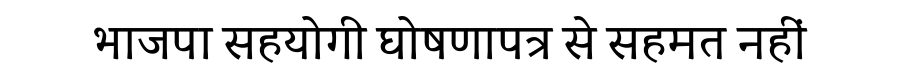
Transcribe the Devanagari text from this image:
भाजपा सहयोगी घोषणापत्र से सहमत नहीं